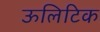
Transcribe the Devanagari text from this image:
ऊलिटिक